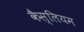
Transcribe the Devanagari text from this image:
कैस्लियम